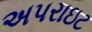
અપરાઇટ